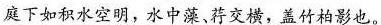
庭下如积水空明，水中藻、荇交横，盖竹柏影也。